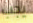
يجب